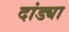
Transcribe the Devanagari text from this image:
दांड्या